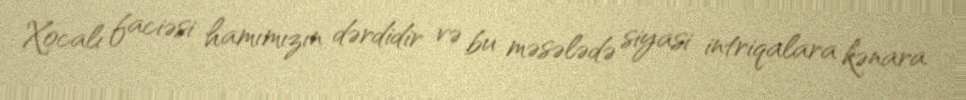
Xocalı faciəsi hamımızın dərdidir və bu məsələdə siyasi intriqalara kənara